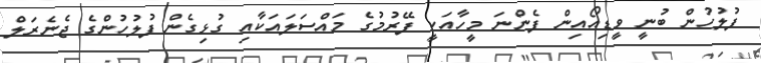
ފުލުހުން ބުނީ ވީޑިއޯއިން ފެންނަ މީހާއަކީ ފޭރުމުގެ މައްސަލައަކާއި ގުޅިގެން ފުލުހުންގެ ޖެނެރަލް